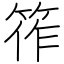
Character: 筰